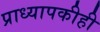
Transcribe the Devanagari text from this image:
प्राध्यापकीही